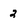
Character: 2